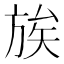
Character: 𫞀